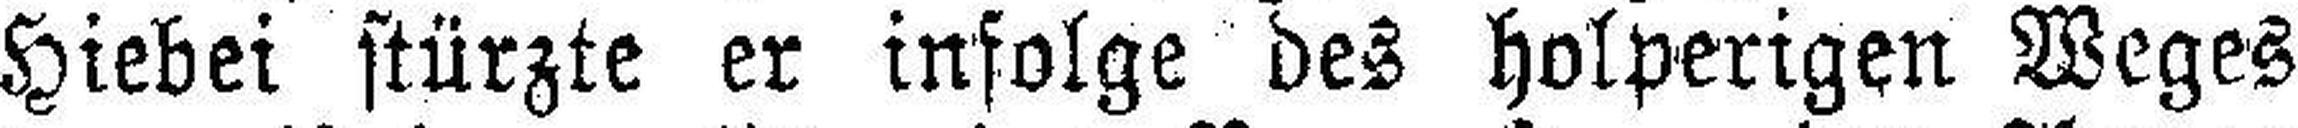
Hiebei stürzte er infolge des holperigen Weges